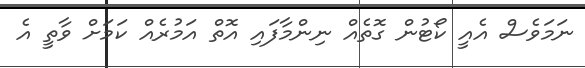
ނަމަވެސް އެއީ ކޯޓުން ގޮތެއް ނިންމާފައި އޮތް އަމުރެއް ކަމަށް ވާތީ އެ